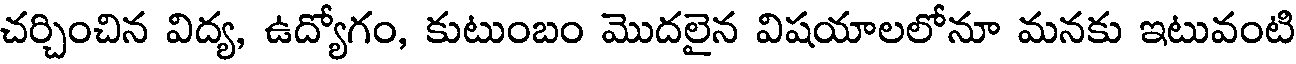
చర్చించిన విద్య, ఉద్యోగం, కుటుంబం మొదలైన విషయాలలోనూ మనకు ఇటువంటి